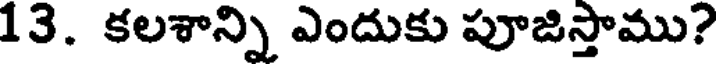
13. కలశాన్ని ఎందుకు పూజిస్తాము?